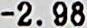
-2.98